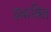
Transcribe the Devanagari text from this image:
इकत्रित